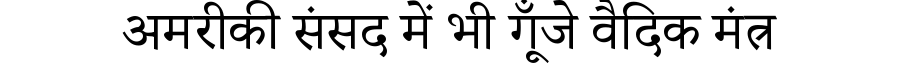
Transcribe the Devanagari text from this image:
अमरीकी संसद में भी गूँजे वैदिक मंत्र